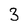
Character: 3